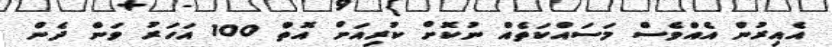
އެއިރުން އެއްވެސް މަސައްކަތެއް ނުކޮށް ކުރިއަށް އޮތް 100 އަހަރު ވަން ދެން